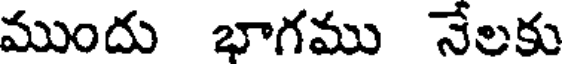
ముందు భాగము నేలకు